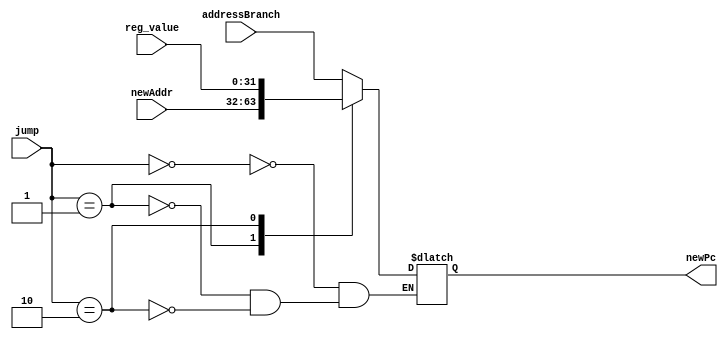
module jumpMux(input wire [31:0] newAddr,input wire [31:0] reg_value, input wire [31:0] addressBranch, input wire [1:0] jump, output reg [31:0] newPc);


always @(*)
 begin
	case(jump)
		2'b00:
		 newPc <= addressBranch;
		2'b01:
		 newPc <= newAddr; 
		2'b10:
		newPc <= reg_value; // select the 31st reg
		
		
	endcase
end
endmodule